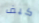
كيف